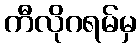
ကီလိုဂရမ်မှ